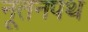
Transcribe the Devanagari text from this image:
नूतनपथ